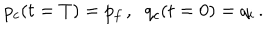
p _ { c } ( t = T ) = p _ { f } \, , \; \; q _ { c } ( t = 0 ) = q _ { i } \, .